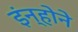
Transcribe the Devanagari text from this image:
इंन्होने